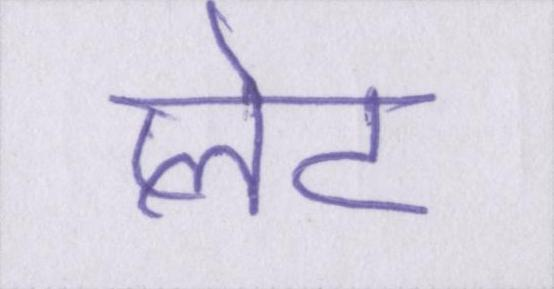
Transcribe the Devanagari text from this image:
प्लेट